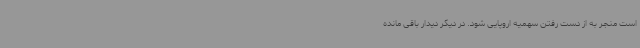
است منجر به از دست رفتن سهمیه اروپایی شود. در دیگر دیدار باقی مانده